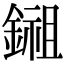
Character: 鎺